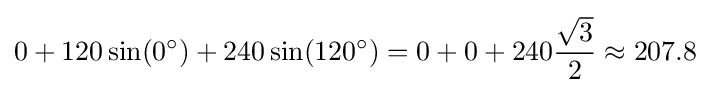
0+120\sin(0^{\circ })+240\sin(120^{\circ })=0+0+240{\frac {\sqrt {3}}{2}}\approx 207.8